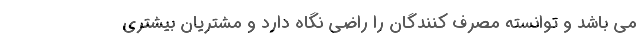
می باشد و توانسته مصرف کنندگان را راضی نگاه دارد و مشتریان بیشتری